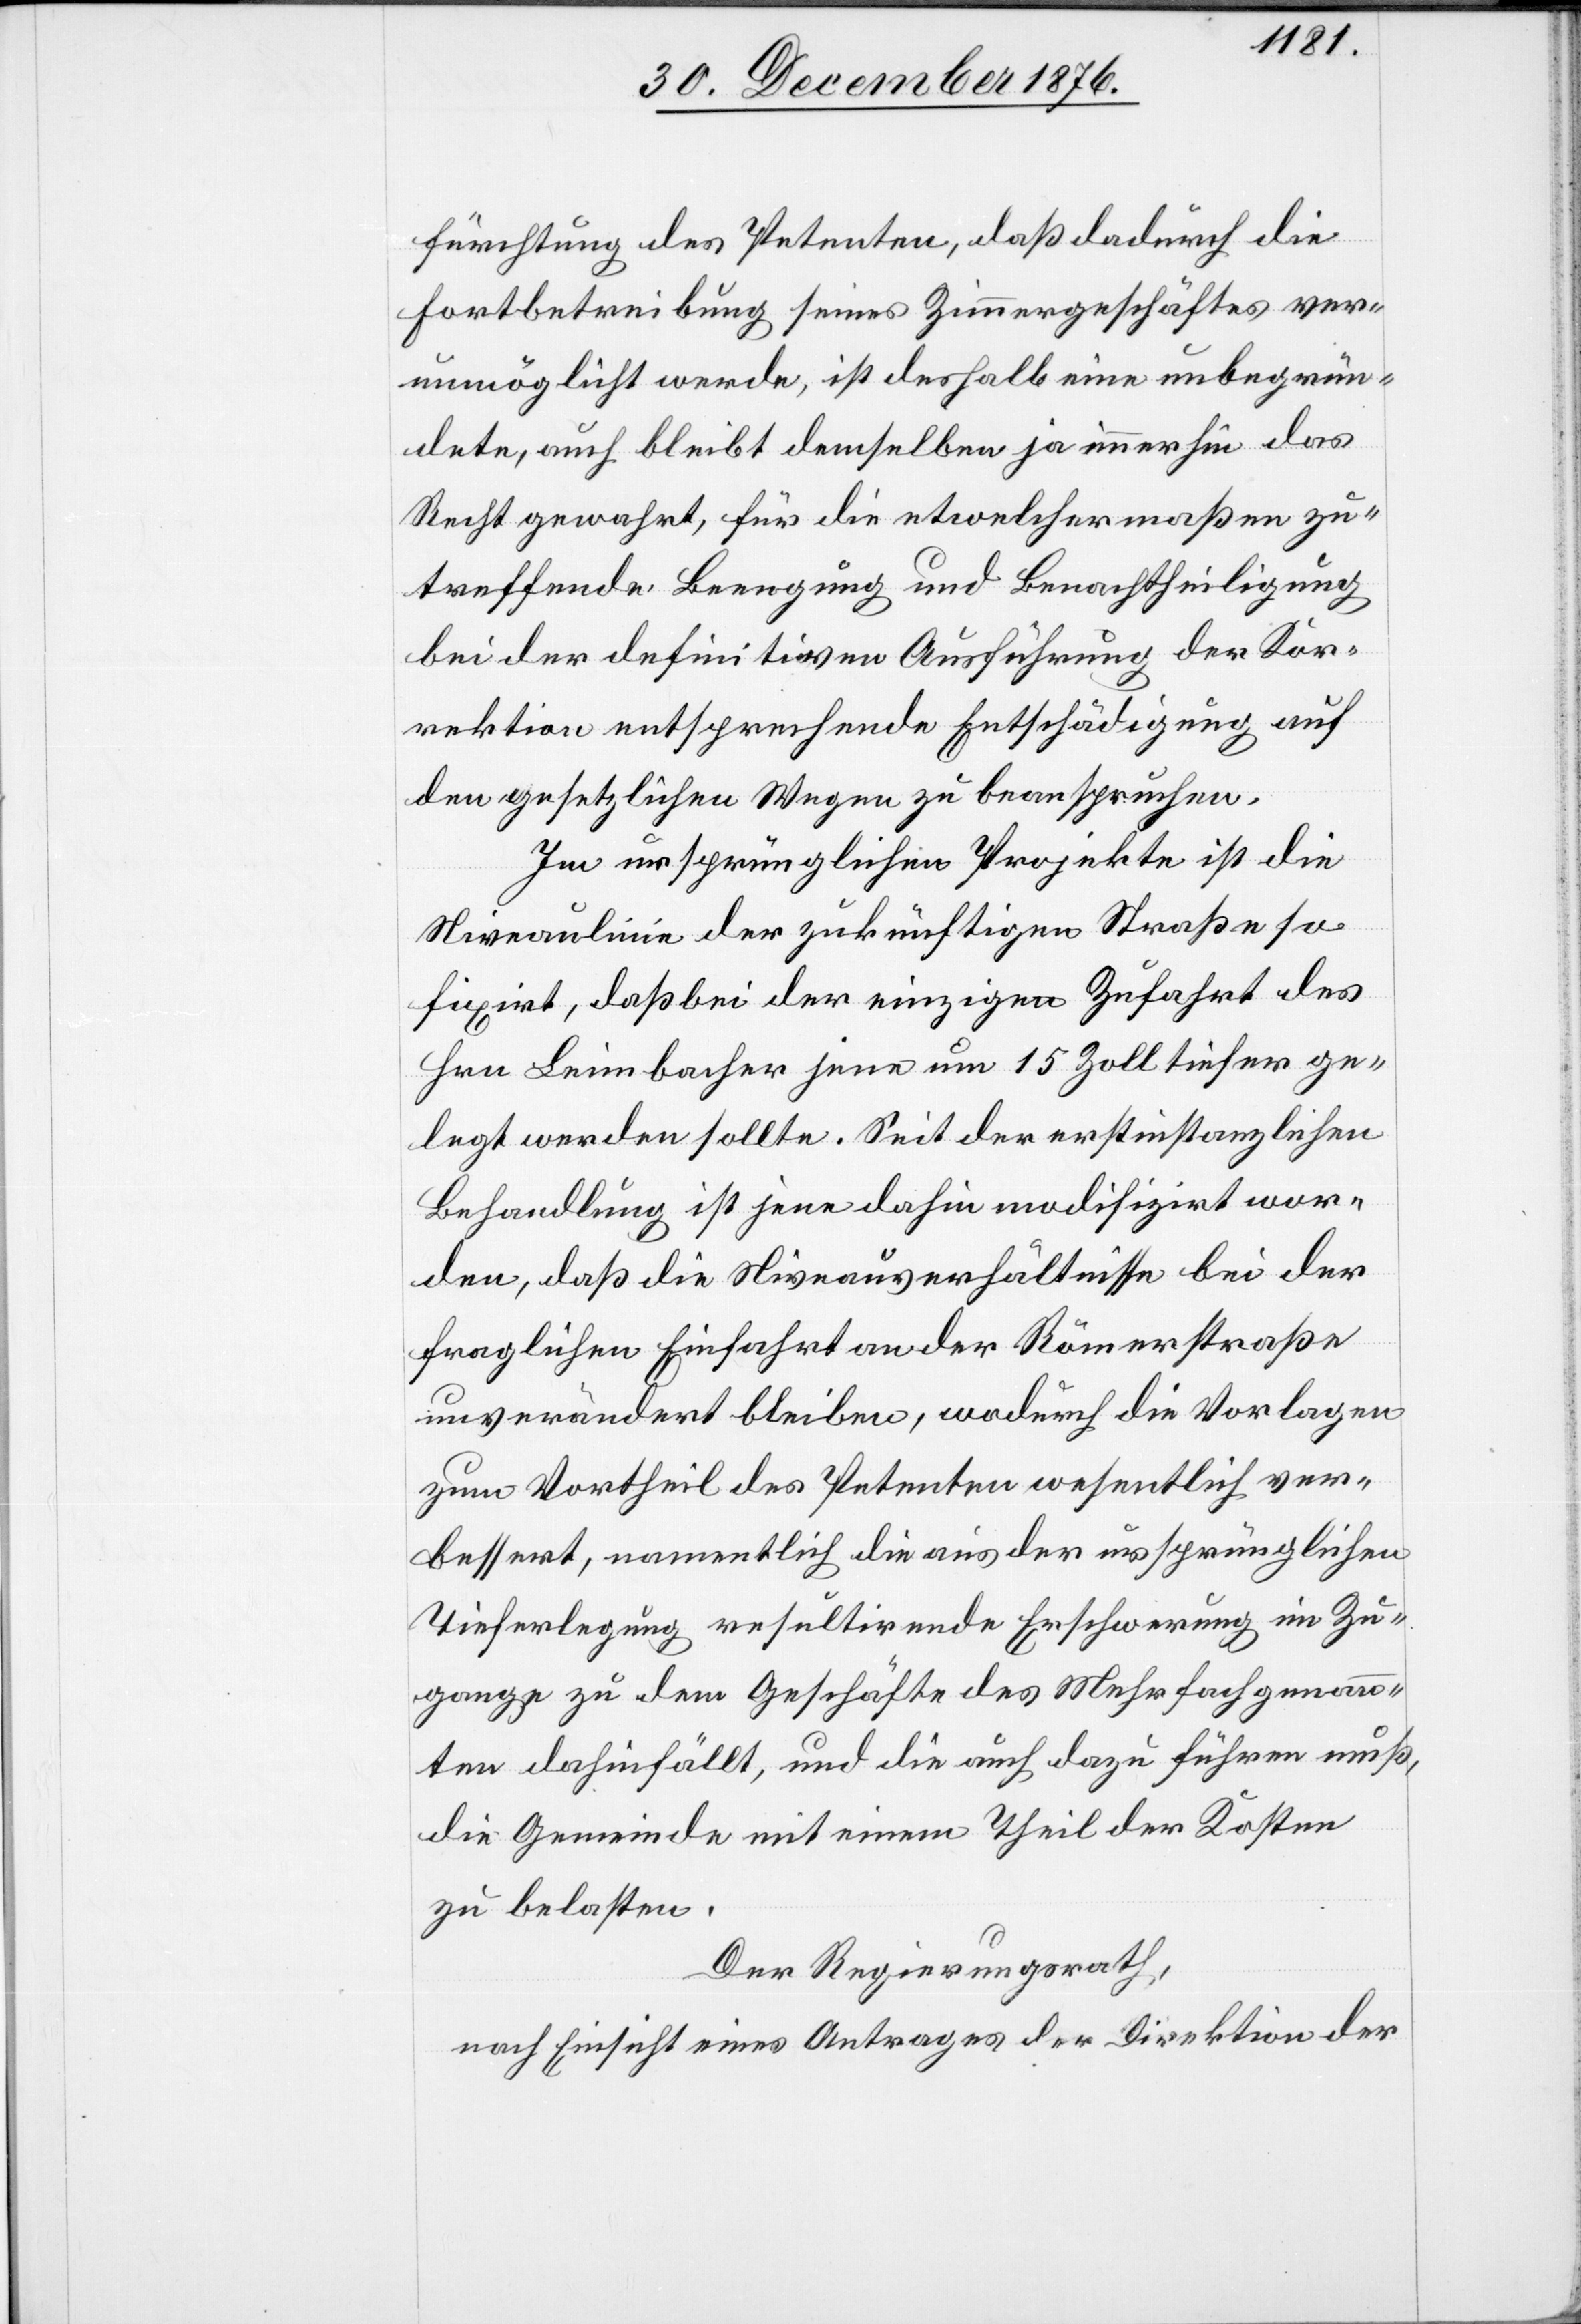
fürchtung des Petenten, daß dadurch die
Fortbetreibung seines Zimmergeschäftes ver¬
unmöglicht werde, ist deshalb eine unbegrün¬
dete, auch bleibt demselben ja immerhin das
Recht gewahrt, für die etwelchermaßen zu¬
treffende Beengung und Benachtheiligung
bei der definitiven Ausführung der Kor¬
rektion entsprechende Entschädigung auf
den gesetzlichen Wegen zu beanspruchen.
Im ursprünglichen Projekte ist die
Niveaulinie der zukünftigen Straße so
fixirt, daß bei der einzigen Zufahrt des
Hrn. Leimbacher jene um 15 Zoll tiefer ge¬
legt werden sollte. Seit der erstinstanzlichen
Behandlung ist jene dahin modifizirt wor¬
den, daß die Niveauverhältnisse bei der
fraglichen Einfahrt an der Römerstraße
unverändert bleiben, wodurch die Vorlagen
zum Vortheil des Petenten wesentlich ver¬
bessert, namentlich die aus der ursprünglichen
Tieferlegung resultirenden Erschwerung im Zu¬
gange zu dem Geschäfte des Mehrfach genann¬
ten dahinfällt, und die auch dazu führen muß,
die Gemeinde mit einem Theil der Kosten
zu belasten.
Der Regierungsrath,
nach Einsicht eines Antrages der Direktion der